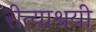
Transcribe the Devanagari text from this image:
रीत्याश्रयी